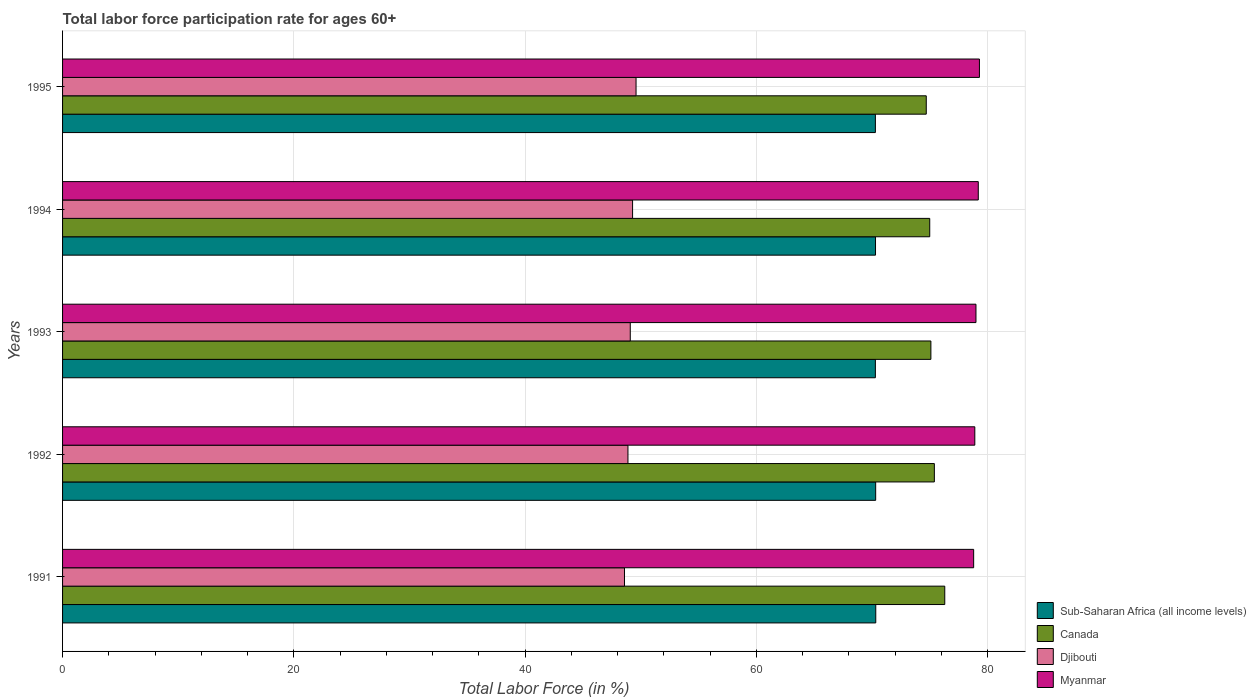
| Years | Sub-Saharan Africa (all income levels) | Canada | Djibouti | Myanmar |
 | --- | --- | --- | --- | --- |
 | 1991 | 70.3 | 76.3 | 48.6 | 78.8 |
 | 1992 | 70.3 | 75.4 | 48.9 | 78.9 |
 | 1993 | 70.3 | 75.1 | 49.1 | 79 |
 | 1994 | 70.3 | 75 | 49.3 | 79.2 |
 | 1995 | 70.3 | 74.7 | 49.6 | 79.3 |